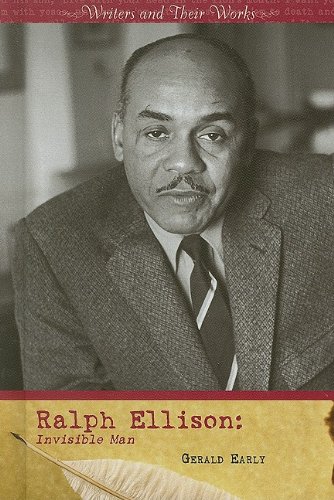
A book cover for Ralph Ellison: Invisible Man (Writers and Their Works); Gerald Early; Teen & Young Adult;